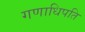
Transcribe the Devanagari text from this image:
गणाधिपति